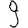
Digit: 9